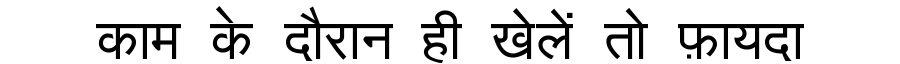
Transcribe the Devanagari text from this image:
काम के दौरान ही खेलें तो फ़ायदा